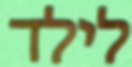
לילד